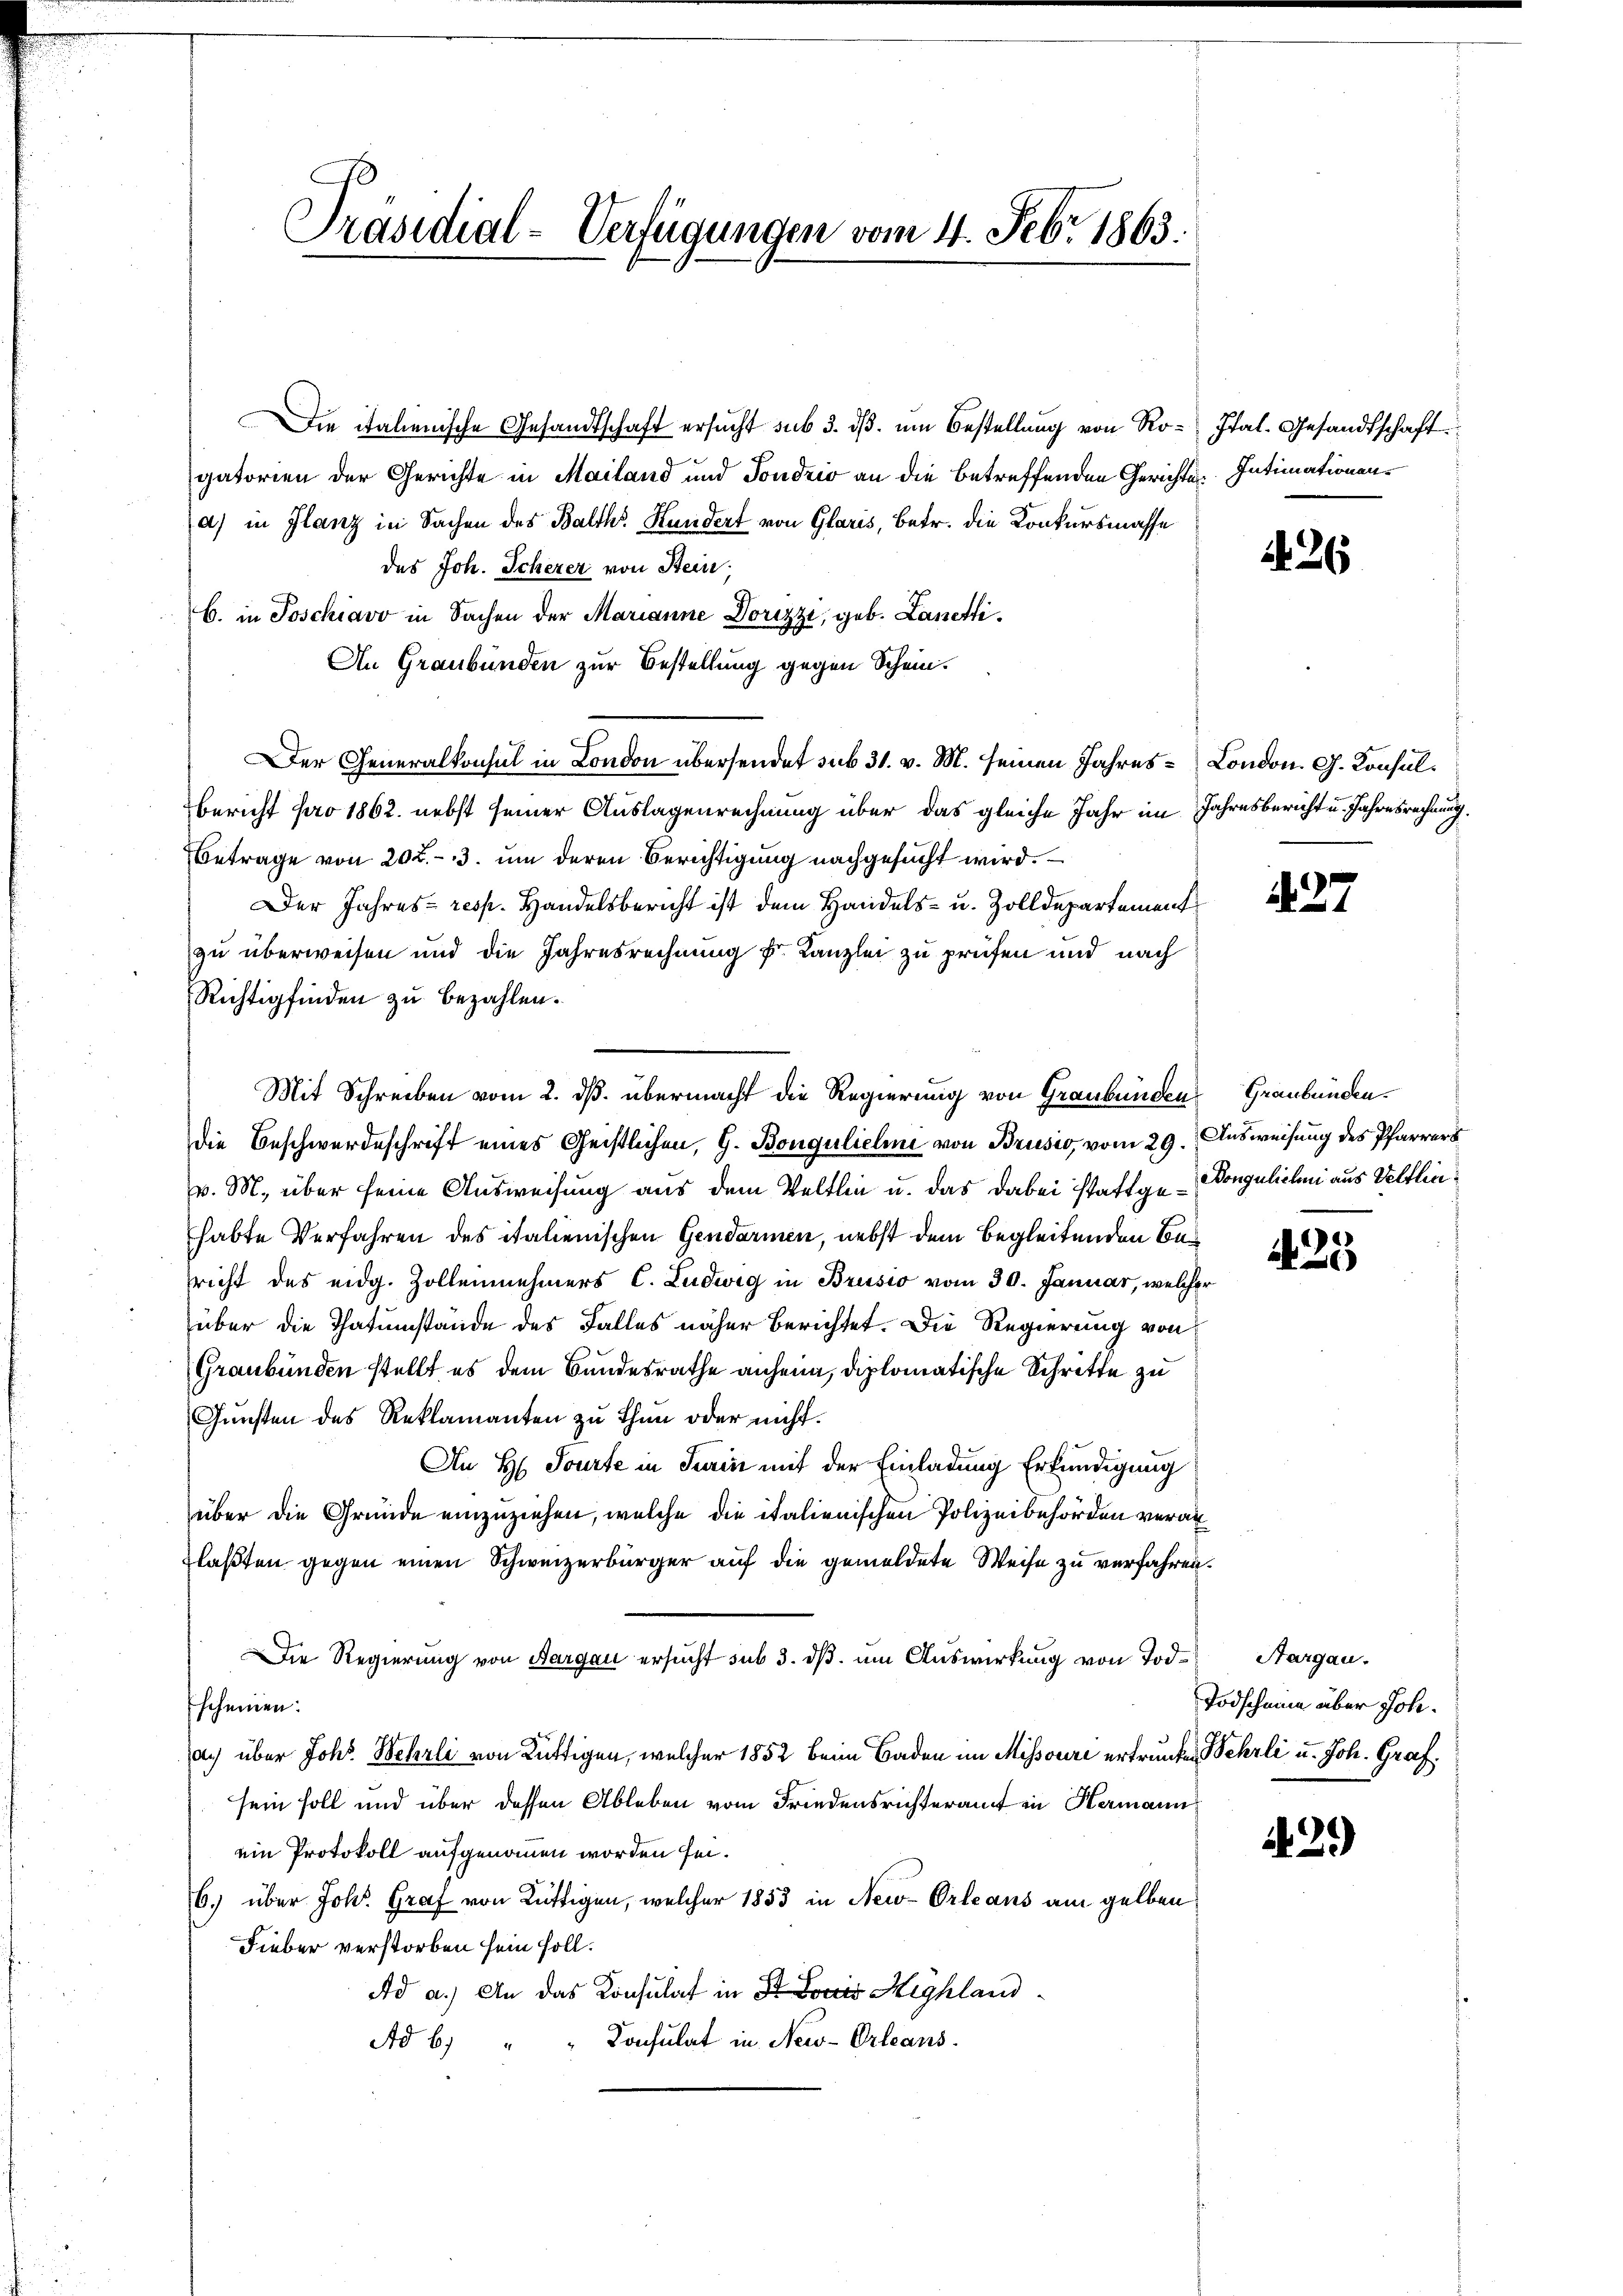
Die italienische Gesandtschaft ersucht sub 3. dβ. um Bestellung von Ro- Ital- Gesandtschaft
gatorien der Gerichte in Mailand und Sondrio an die betreffenden Gerichte Intimationens
a) in Glanz in Sachen des Balth. Hundert von Glaris, betr. die Konkursmasse
des Joh. Scherer von Stein,
b. in Poschiavo in Sachen der Marianne Dorizzi, geb. Lanetti¬
An Graubünden zur Bestellung gegen Schein.
Der Generalkonsul in London übersendet sub 31. v. M. seinen Jahres London. G. Konsul¬
Bericht pro 1862. nebst seiner Auslagenrechnung über das gleiche Jahr im Jahresbericht u. Jahresrechnung.
Betrage von 202.- 3. um deren Berichtigung nachgesucht wird.
Der Jahres- resp. Handelsbericht ist dem Handels- u. Zolldepartement
zu überweisen und die Jahresrechnung k. Kanzlei zu prüfen und nach
Richtig finden zu bezahlen.
Mit Schreiben vom 2. ds. übermacht die Regierung von Graubünden Graubünden.
die Beschwerdeschrift eines Geistlichen, G. Bongulieline von Brusio, vom 29. Ausweisung des Pfarrers
v. M. über seine Ausweisung aus dem Veltlin u. das dabei stattge-Bongulichen aus Veltlinhabte Verfahren des italienischen Gendarmen, nebst dem begleitenden Bericht des eidg. Zollennehmers C. Ludwig in Brusio vom 30. Januar, welcher
über die Thatumstände des Falles näher Berichtet. Die Regierung von
Graubünden stellt es dem Bundesrathe anheim, diplomatische Schritte zu
Gunsten des Reklamanten zu thun oder nicht.
An H. Tourte in Turin mit der Einladung Erkundigung
über die Gründe einzuziehen, welche die italienischen Polizeibehörden veran¬
Flaßten gegen einen Schweizerbürger auf die gemeldete Weise zu verfahren.
Die Regierung von Aargau ersucht sub 3. dβ. um Auswirkung von Tod. Aargau.
scheinen:
ac über Johs. Wehrli von Rüttigen, welcher 1852 beim Baden im Missouri ertrunken Wehrli u. Joh. Graf.
sein soll und über dessen Ableben vom Friedensrichteramt in Hermann
ein Protokoll aufgenommen worden sei.
6.) über Joh. Graf von Rüttigen, welcher 1853 in New-Orleans am gelben
Fieber verstorben sein soll.
Ad a.) An das Konsulat in St. Lois Highland
Konsulat in New-Orleans
Ad 6)

Präsidial-Verfügungen vom 4. Febr. 1863.

26

27

25

Todschaue über Joh.

2.)